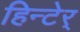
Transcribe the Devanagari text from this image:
हिन्टेर्